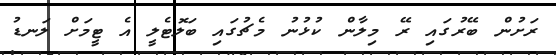
ރަށުން ބޭރުގައި ރޭ މިލާން ކުޅުނު މެޗުގައި ބަލޮޓެލީ އެ ޓީމަށް ލަނޑު